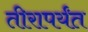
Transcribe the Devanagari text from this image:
तीरापर्यंत